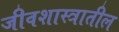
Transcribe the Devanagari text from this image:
जीवशास्त्रातील